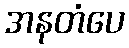
အနတံပေ